Papers set at the Examination for Leaving Certificates, 1893
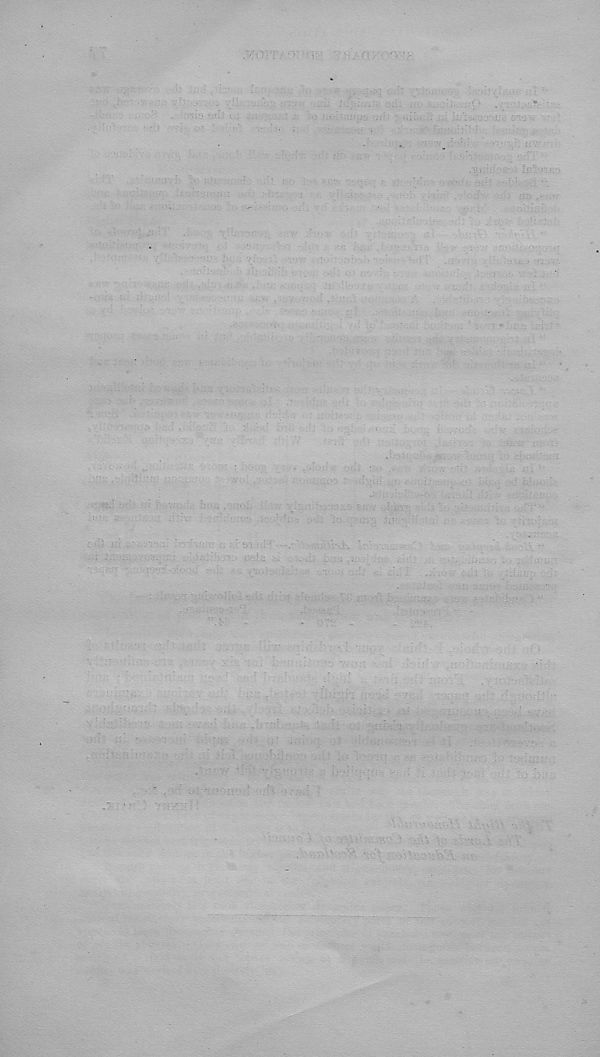
■
-
1 , U'-l:yn
; c-i ■ ^
-
' ’
- !
si^7! -.t'i
■
• '• :« - ^ i
>; ‘.f biiU
'
;j >.• :;U V.i: .
-
•
. / -
■ : :• - :j ;
r
->-■
^
. :u.r . •
1
ru
..
-
, : v'.